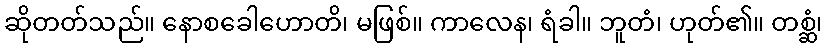
ဆိုတတ်သည်။ နောစခေါဟောတိ၊ မဖြစ်။ ကာလေန၊ ရံခါ။ ဘူတံ၊ ဟုတ်၏။ တစ္ဆံ၊